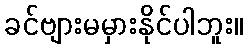
ခင်ဗျားမမှားနိုင်ပါဘူး။